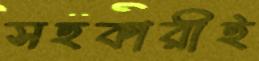
সহকারীই